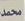
محمد